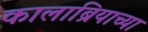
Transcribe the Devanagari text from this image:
कालाब्रियाच्या